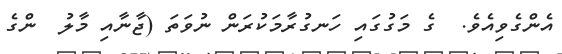
އެންގެވިއެވެ.  ގެ މަގުގައި ހަނގުރާމަކުރަން ނުވަތަ (ޖާނާއި މާލު  ންގެ